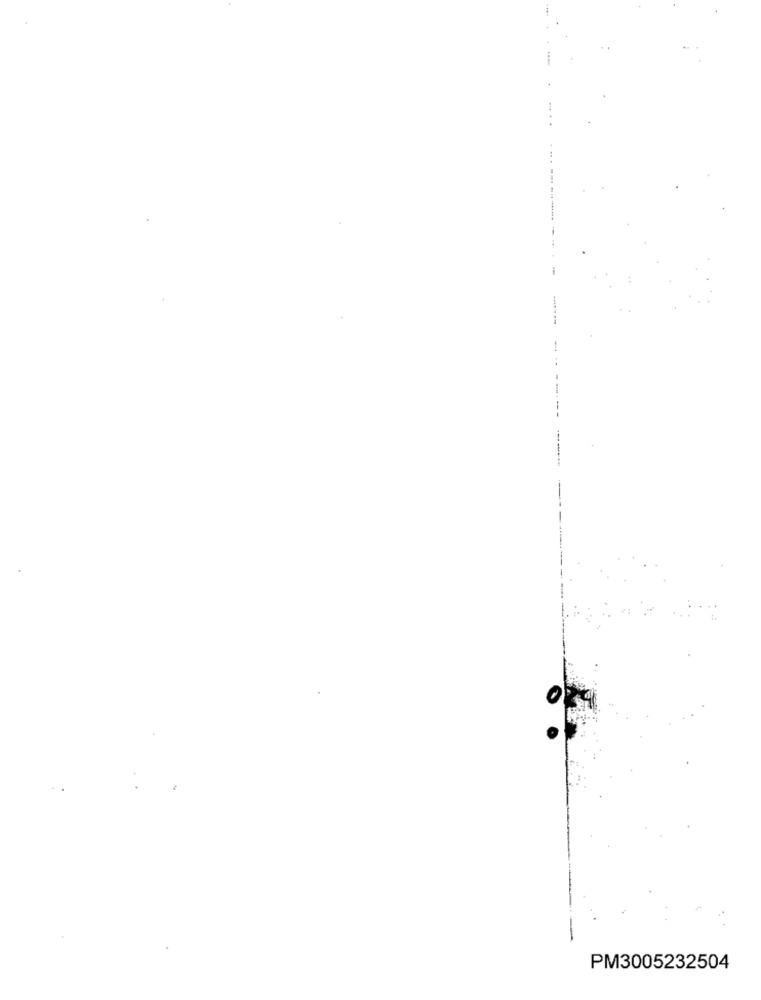
PM3005232504